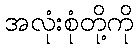
အလုံးစုံတို့ကို